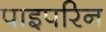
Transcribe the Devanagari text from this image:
पाइपरिन